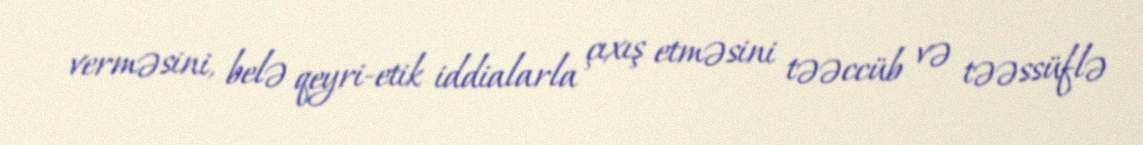
verməsini, belə qeyri-etik iddialarla çıxış etməsini təəccüb və təəssüflə